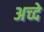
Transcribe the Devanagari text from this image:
अच्दे